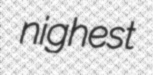
nighest